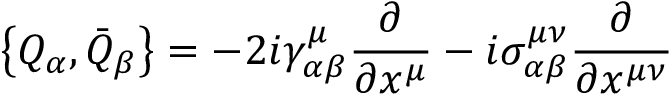
\bigl \{ Q _ { \alpha } , \bar { Q } _ { \beta } \bigr \} = - 2 i \gamma _ { \alpha \beta } ^ { \mu } \frac { \partial } { \partial x ^ { \mu } } - i \sigma _ { \alpha \beta } ^ { \mu \nu } \frac { \partial } { \partial x ^ { \mu \nu } }